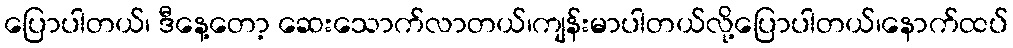
ပြောပါတယ်၊ ဒီနေ့တော့ ဆေးသောက်လာတယ်၊ကျန်းမာပါတယ်လို့ပြောပါတယ်၊နောက်ထပ်